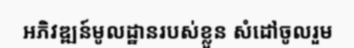
អភិវឌ្ឍន៍មូលដ្ឋានរបស់ខ្លួន សំដៅចូលរួម